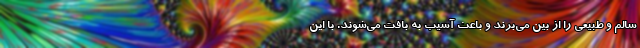
سالم و طبیعی را از بین می‌برند و باعث آسیب به بافت می‌شوند. با این